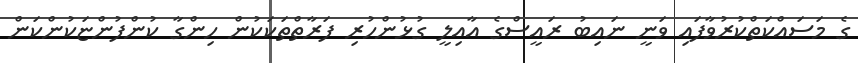
ގެ މަސައްކަތްކުރުވާފައި ވަނީ ނައިބު ރައީސްގެ އާއިލީ ގުޅުންހުރި ފަރާތްތަކަކުން ހިންގާ ކުންފުންޏަކުންކަން